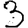
Digit: 3